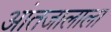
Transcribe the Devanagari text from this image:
आंतजालाला